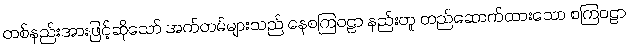
တစ်နည်းအားဖြင့်ဆိုသော် အက်တမ်များသည် နေစကြဝဠာ နည်းတူ တည်ဆောက်ထားသော စကြဝဠာ